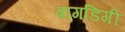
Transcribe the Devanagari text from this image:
बागडिगी